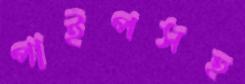
পাইপসহ